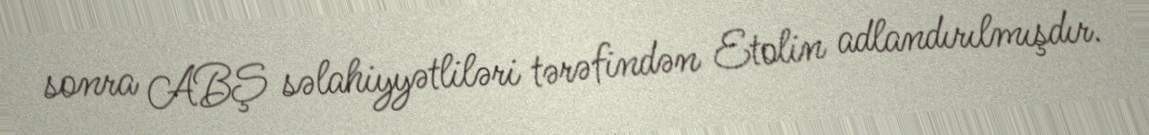
sonra ABŞ səlahiyyətliləri tərəfindən Etolin adlandırılmışdır.